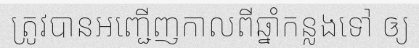
ត្រូវបានអញ្ជើញកាលពីឆ្នាំកន្លងទៅ ឲ្យ